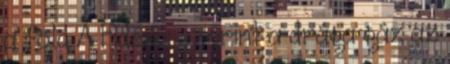
a föld A Fidesz szerint a drága gáz az